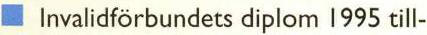
Invalidförbundets diplom 1995 till-